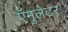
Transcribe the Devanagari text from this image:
ऍमुलेटर